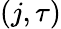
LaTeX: (j,\tau)